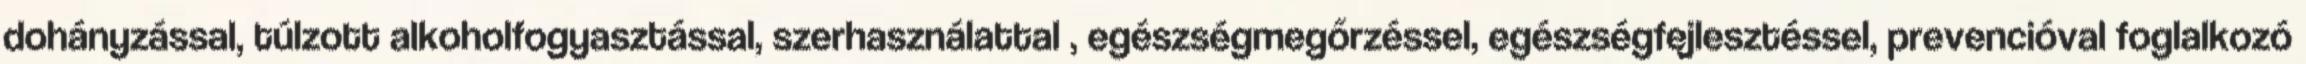
dohányzással, túlzott alkoholfogyasztással, szerhasználattal , egészségmegőrzéssel, egészségfejlesztéssel, prevencióval foglalkozó